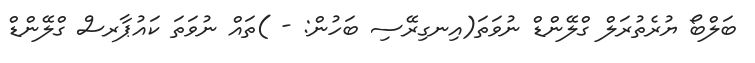
ބަލްބޯ ޔުރެތުރަލް ގްލޭންޑް ނުވަތަ(އިނގިރޭސި ބަހުން: - )ތައް ނުވަތަ ކައުޕާރސް ގްލޭންޑް